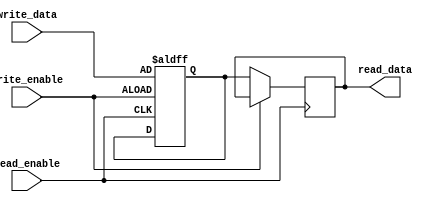
module onebitram(
input wire write_enable,write_data,read_enable,
output reg read_data);

reg mem_bit;

always @(posedge write_enable or posedge read_enable)

begin
if(write_enable)
mem_bit<=write_data;
else if (read_enable)
read_data<=mem_bit;
end
endmodule